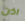
اذن